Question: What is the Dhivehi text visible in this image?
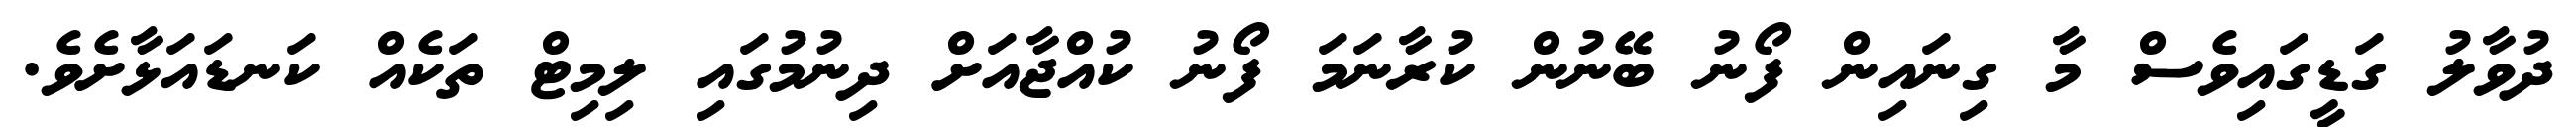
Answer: ދުވާލު ގަޑީގައިވެސް މާ ގިނައިން ފޯނު ބޭނުން ކުރާނަމަ ފޯނު ކުއްޖާއަށް ދިނުމުގައި ލިމިޓް ތަކެއް ކަނޑައަޅާށެވެ.